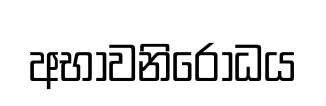
අභාවනිරෝධය